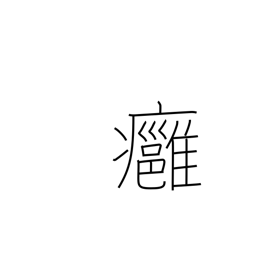
Meaning: boil